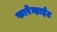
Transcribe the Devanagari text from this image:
फारेन्हाईट